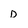
Character: D